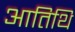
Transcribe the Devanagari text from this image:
आतिथि